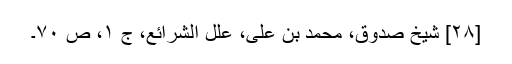
[۲۸] شیخ صدوق، محمد بن علی، علل الشرائع، ج ۱، ص ۷۰۔